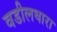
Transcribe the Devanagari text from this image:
वडीलधारा